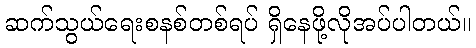
ဆက်သွယ်ရေးစနစ်တစ်ရပ် ရှိနေဖို့လိုအပ်ပါတယ်။